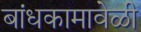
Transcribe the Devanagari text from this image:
बांधकामावेळी